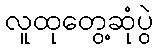
လူထုတွေ့ဆုံပွဲ